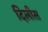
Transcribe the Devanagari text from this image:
दिलीस